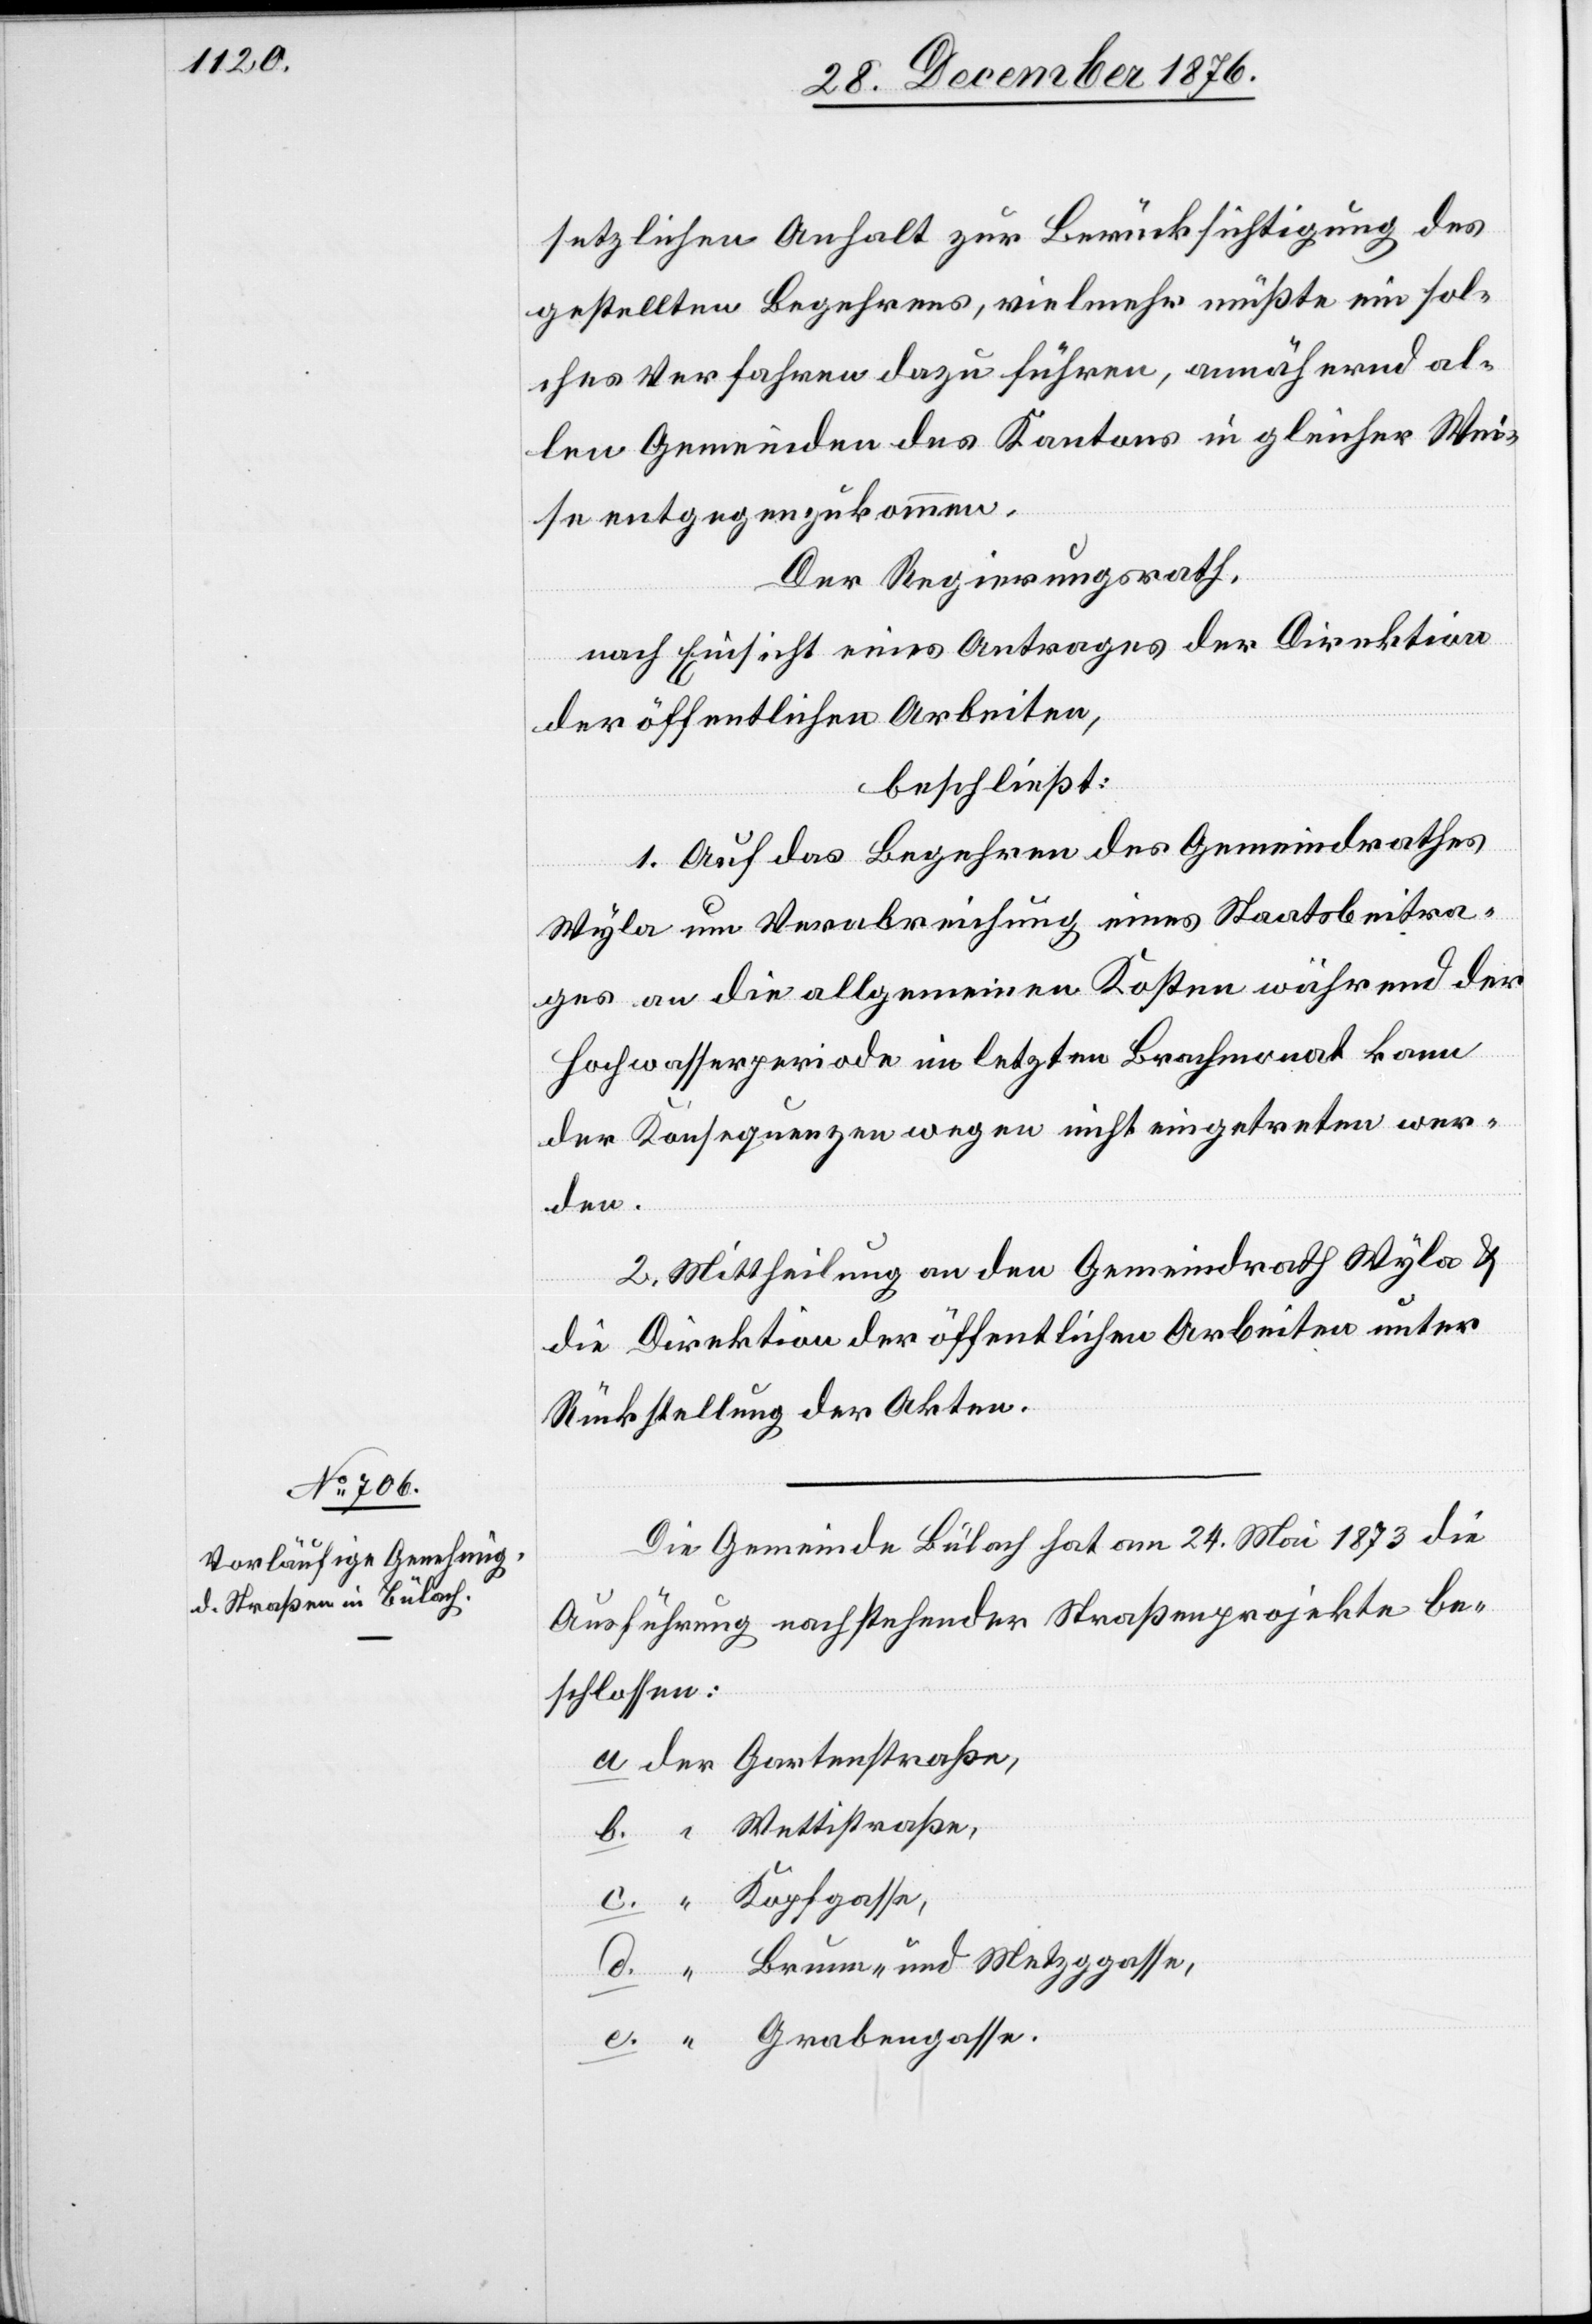
setzlichen Anhalt zur Berücksichtigung des
gestellten Begehrens, vielmehr müßte ein sol¬
ches Verfahren dazu führen, annähernd al¬
len Gemeinden des Kantons in gleicher Wei¬
se entgegenzukommen.
Der Regierungsrath,
nach Einsicht eines Antrages der Direktion
der öffentlichen Arbeiten,
beschließt:
1. Auf das Begehren des Gemeindrathes
Wyla um Verabreichung eines Staatsbeitra¬
ges an die allgemeinen Kosten während der
Hochwasserperiode im letzten Brachmonat kann
der Konsequenzen wegen nicht eingetreten wer¬
den.
2. Mittheilung an den Gemeindrath Wyla &
die Direktion der öffentlichen Arbeiten unter
Rückstellung der Akten.
Die Gemeinde Bülach hat am 24. Mai 1873 die
Ausführung nachstehender Straßenprojekte be¬
schlossen:
Brunn- und Metzggasse,
e.
Grabengasse.